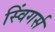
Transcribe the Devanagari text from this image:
स्विंगर्स